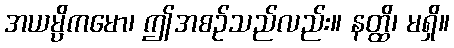
အယမ္ပိကမော၊ ဤအစဉ်သည်လည်း။ နတ္ထိ၊ မရှိ။